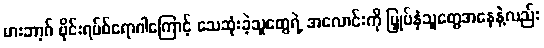
မားဘာ့ဂ် ဗိုင်းရပ်စ်ရောဂါကြောင့် သေဆုံးခဲ့သူတွေရဲ့ အလောင်းကို မြှုပ်နှံသူတွေအနေနဲ့လည်း